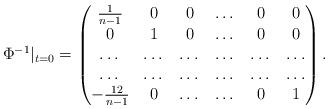
LaTeX: \begin{align*} \Phi^{-1}|_{t=0}=\begin{pmatrix} \frac{1}{n-1} & 0 & 0 & \dots & 0 & 0 \\ 0 & 1 & 0 & \dots & 0 & 0 \\ \dots & \dots & \dots & \dots & \dots & \dots\\ \dots & \dots & \dots & \dots & \dots & \dots\\ -\frac{12}{n-1} & 0 & \dots & \dots & 0 & 1 \end{pmatrix}.\end{align*}